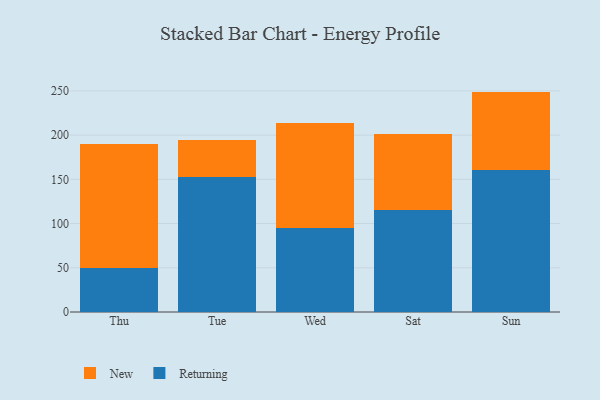
{"axis": {"x": "Day", "y": "Bounce Rate (%)"}, "legend": ["New", "Returning"], "data": [{"x": "Thu", "y": 49.2, "type": "Returning"}, {"x": "Thu", "y": 141.0, "type": "New"}, {"x": "Tue", "y": 152.2, "type": "Returning"}, {"x": "Tue", "y": 42.8, "type": "New"}, {"x": "Wed", "y": 94.5, "type": "Returning"}, {"x": "Wed", "y": 119.3, "type": "New"}, {"x": "Sat", "y": 114.9, "type": "Returning"}, {"x": "Sat", "y": 86.0, "type": "New"}, {"x": "Sun", "y": 161.1, "type": "Returning"}, {"x": "Sun", "y": 88.1, "type": "New"}]}